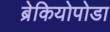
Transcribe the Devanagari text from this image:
ब्रेकियोपोडा